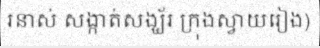
រនាស់ សង្កាត់សង្ឃ័រ ក្រុងស្វាយរៀង)